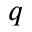
q